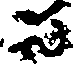
స